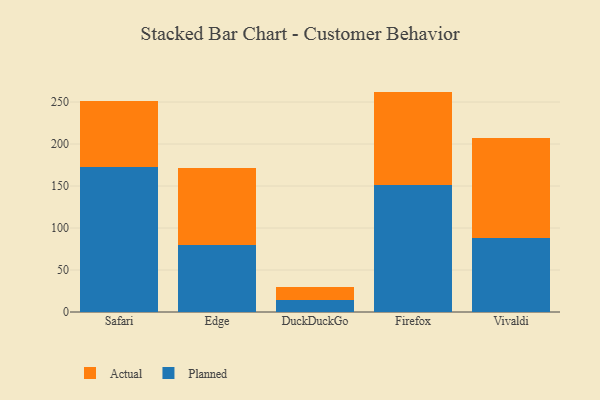
{"axis": {"x": "Browser", "y": "Latency (ms)"}, "legend": ["Actual", "Planned"], "data": [{"x": "Safari", "y": 172.7, "type": "Planned"}, {"x": "Safari", "y": 78.1, "type": "Actual"}, {"x": "Edge", "y": 79.7, "type": "Planned"}, {"x": "Edge", "y": 91.9, "type": "Actual"}, {"x": "DuckDuckGo", "y": 13.7, "type": "Planned"}, {"x": "DuckDuckGo", "y": 15.6, "type": "Actual"}, {"x": "Firefox", "y": 151.7, "type": "Planned"}, {"x": "Firefox", "y": 110.7, "type": "Actual"}, {"x": "Vivaldi", "y": 87.6, "type": "Planned"}, {"x": "Vivaldi", "y": 119.4, "type": "Actual"}]}